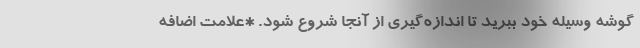
گوشه وسیله خود ببرید تا اندازه‌گیری از آنجا شروع شود. *علامت اضافه